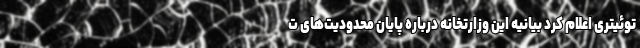
توئیتری اعلام کرد بیانیه این وزارتخانه درباره پایان محدودیت‌های ت